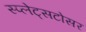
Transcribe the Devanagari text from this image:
स्प्लेट्सटोसर